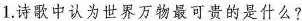
1.诗歌中认为世界万物最可贵的是什么?